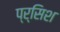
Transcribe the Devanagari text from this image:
प्र्सिश